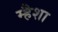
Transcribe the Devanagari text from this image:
म्हैशा